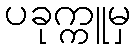
ပခုက္ကူမှ